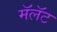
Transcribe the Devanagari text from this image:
मॅलॅट